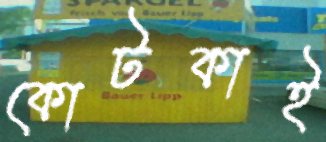
কোটকাই